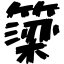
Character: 簗